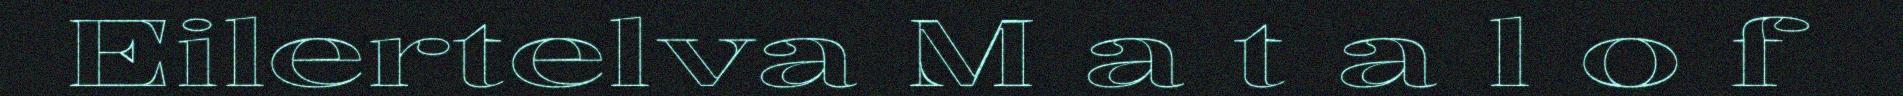
Eilertelva M a t a l o f